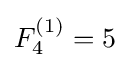
F_{4}^{(1)}=5